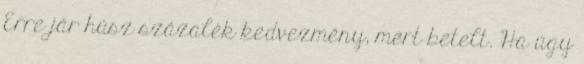
Erre jár húsz százalék kedvezmény, mert betelt. Ha úgy